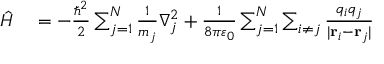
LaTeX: \begin{array} { r l } { { \hat { H } } } & { { } = - { \frac { \hbar ^ { 2 } } { 2 } } \sum _ { j = 1 } ^ { N } { \frac { 1 } { m _ { j } } } \nabla _ { j } ^ { 2 } + { \frac { 1 } { 8 \pi \varepsilon _ { 0 } } } \sum _ { j = 1 } ^ { N } \sum _ { i \neq j } { \frac { q _ { i } q _ { j } } { | \mathbf { r } _ { i } - \mathbf { r } _ { j } | } } } \end{array}